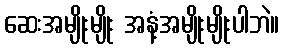
ဆေးအမျိုးမျိုး အနံ့အမျိုးမျိုးပါဘဲ။